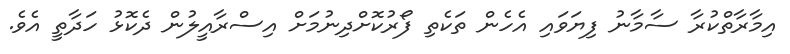
އިމާރާތްކުރާ ސާމާނު ފިޔަވައި އެހެން ތަކެތި ފޯރުކޮށްދިނުމަށް އިސްރާއީލުން ދެކޮޅު ހަދާތީ އެވެ.